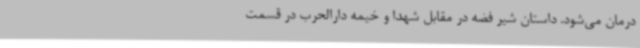
درمان می‌شود. داستان شیر فضه در مقابل شهدا و خیمه دارالحرب در قسمت